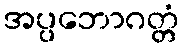
အပ္ပဘောဂတ္တံ